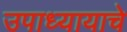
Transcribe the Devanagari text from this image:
उपाध्यायाचे